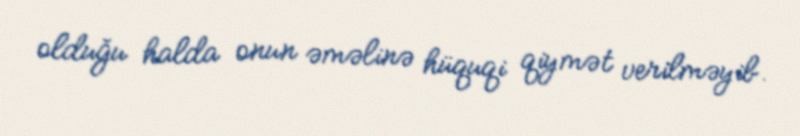
olduğu halda onun əməlinə hüquqi qiymət verilməyib.